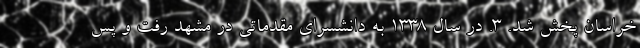
خراسان پخش شد. ۳. در سال ۱۳۳۸ به دانشسرای مقدماتی در مشهد رفت و پس